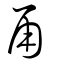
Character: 甬